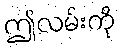
ဤလမ်းကို